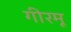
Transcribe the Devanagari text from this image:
गीरमू